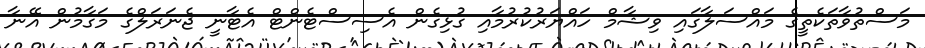
މަސްތުވާތަކެތީގެ މައްސަލާގައި ވިޝާމް ހައްޔަރުކުރުމާއި ގުޅިގެން އެސިސްޓެންޓް އެޓާނީ ޖެނަރަލްގެ މަގާމުން އޭނާ